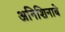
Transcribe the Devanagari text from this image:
अनिशिनाबे